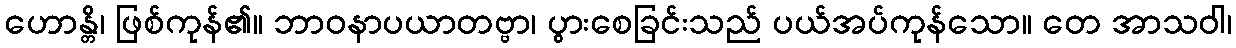
ဟောန္တိ၊ ဖြစ်ကုန်၏။ ဘာဝနာပယာတဗ္ဗာ၊ ပွားစေခြင်းသည် ပယ်အပ်ကုန်သော။ တေ အာသဝါ၊